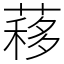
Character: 䔟